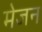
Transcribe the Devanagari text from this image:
मेजन